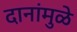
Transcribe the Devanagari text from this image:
दानांमुळे